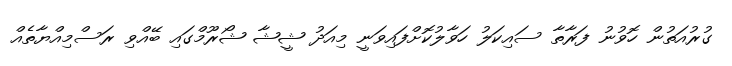
ގުރުއަތުން ހޮވުނު ފަރާތާ ސައިކަލު ހަވާލުކޮށްފައިވަނީ މިއަދު ޝީޝާ ޝޯރޫމްގައި ބޭއްވި ރަސްމިއްޔާތެއް